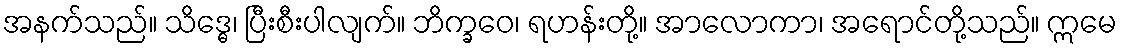
အနက်သည်။ သိဒ္ဓေ၊ ပြီးစီးပါလျက်။ ဘိက္ခဝေ၊ ရဟန်းတို့။ အာလောကာ၊ အရောင်တို့သည်။ ဣမေ